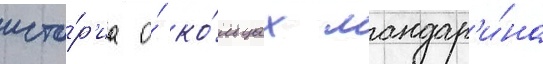
исто́р'иа о́ ко́льцах мандар'и́на